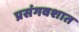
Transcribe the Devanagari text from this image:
प्रसंगवशात